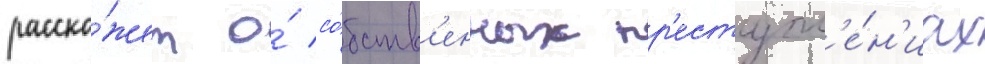
расска́жет о́ со́бств'енных пр'еступл'е́н'иах